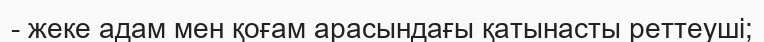
- жеке адам мен қоғам арасындағы қатынасты реттеуші;